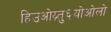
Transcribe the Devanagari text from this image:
हिउओय्र्तु६योओलो